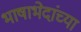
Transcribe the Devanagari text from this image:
भाषाभेदांच्या